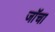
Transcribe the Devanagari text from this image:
जॉचा